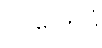
ပုဂ္ဂလောပိ